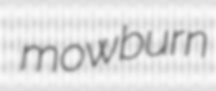
mowburn